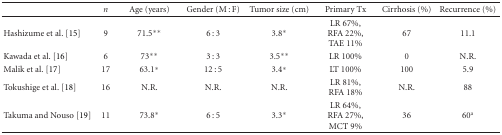
|  | n | Age (years) | Gender (M : F) | Tumor size (cm) | Primary Tx | Cirrhosis (%) | Recurrence (%) |
 | --- | --- | --- | --- | --- | --- | --- | --- |
 | Hashizume et al. [15] | 9 | 71.5** | 6 : 3 | 3.8* | LR 67%,RFA 22%,TAE 11% | 67 | 11.1 |
 | Kawada et al. [16] | 6 | 73** | 3 : 3 | 3.5** | LR 100% | 0 | N.R. |
 | Malik et al. [17] | 17 | 63.1* | 12 : 5 | 3.4* | LT 100% | 100 | 5.9 |
 | Tokushige et al. [18] | 16 | N.R. | N.R. | N.R. | LR 81%,RFA 18% | N.R. | 88 |
 | Takuma and Nouso [19] | 11 | 73.8* | 6 : 5 | 3.3* | LR 64%,RFA 27%,MCT 9% | 36 | 60a |